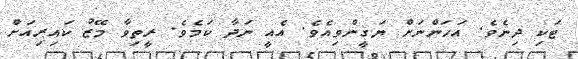
ޓަކި ދިނެވެ. އަހަންނަށް ޔަޤީންވިއެވެ. އެއީ ނަދާ ކަމެވެ. ރީތިވާ މޭޒު ކައިރިއަށް